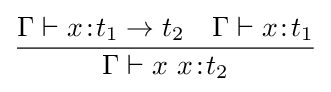
{\Gamma \vdash x\!:\!t_{1}\to t_{2}\quad \Gamma \vdash x\!:\!t_{1}} \over {\Gamma \vdash x~x\!:\!t_{2}}